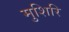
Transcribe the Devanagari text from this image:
मुशिरि